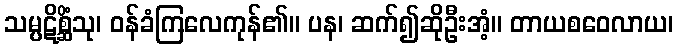
သမ္ပဋိစ္ဆိံသု၊ ဝန်ခံကြလေကုန်၏။ ပန၊ ဆက်၍ဆိုဦးအံ့။ တာယစဝေလာယ၊